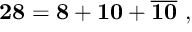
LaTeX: { \bf 2 8 } = { \bf 8 } + { \bf 1 0 } + { \overline { { { \bf 1 0 } } } } ~ ,